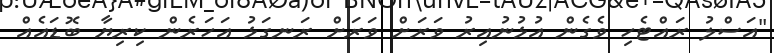
"އަސްލު ރައްޓެހި ވެގެން އުޅުނުއިރު ވަރަށް ވަރަށް ރަނގަޅު އަހަރެން ކިރިޔާ ބޮޑައެއް